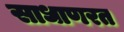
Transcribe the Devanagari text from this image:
साधाणरत